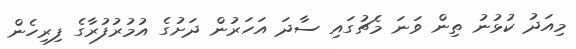
މިއަދު ކުޅުނު ތިން ވަނަ މެޗުގައި ސާދަ އަހަރުން ދަށުގެ އުމުރުފުރާގެ ފިރިހެން